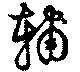
輔